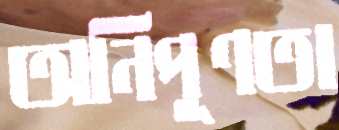
অনিপূণতা